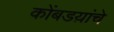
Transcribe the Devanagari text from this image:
कोंबडय़ांचे